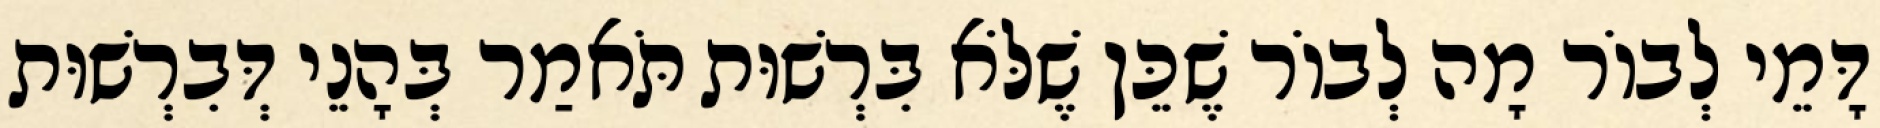
דָּמֵי לְבוֹר מָה לְבוֹר שֶׁכֵּן שֶׁלֹּא בִּרְשׁוּת תֹּאמַר בְּהָנֵי דְּבִרְשׁוּת